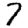
Digit: 7